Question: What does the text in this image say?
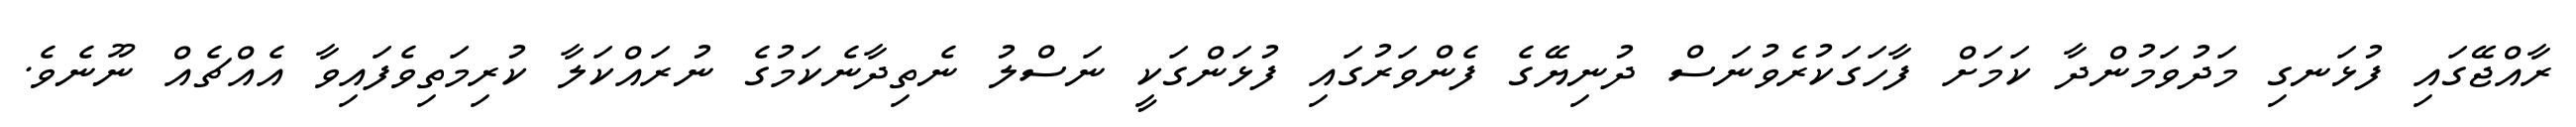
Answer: ރާއްޖޭގައި ފުޅަނގި މަދުވަމުންދާ ކަމަށް ފާހަގަކުރެވުނަސް ދުނިޔޭގެ ފެންވަރުގައި ފުޅަންގަކީ ނަސްލު ނެތިދާނެކަމުގެ ނުރައްކަލާ ކުރިމަތިވެފައިވާ އެއްޗެއް ނޫނެވެ.